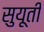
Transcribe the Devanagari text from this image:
सुयूती